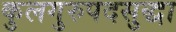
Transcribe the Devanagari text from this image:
कुलगुरुपदसुद्धा